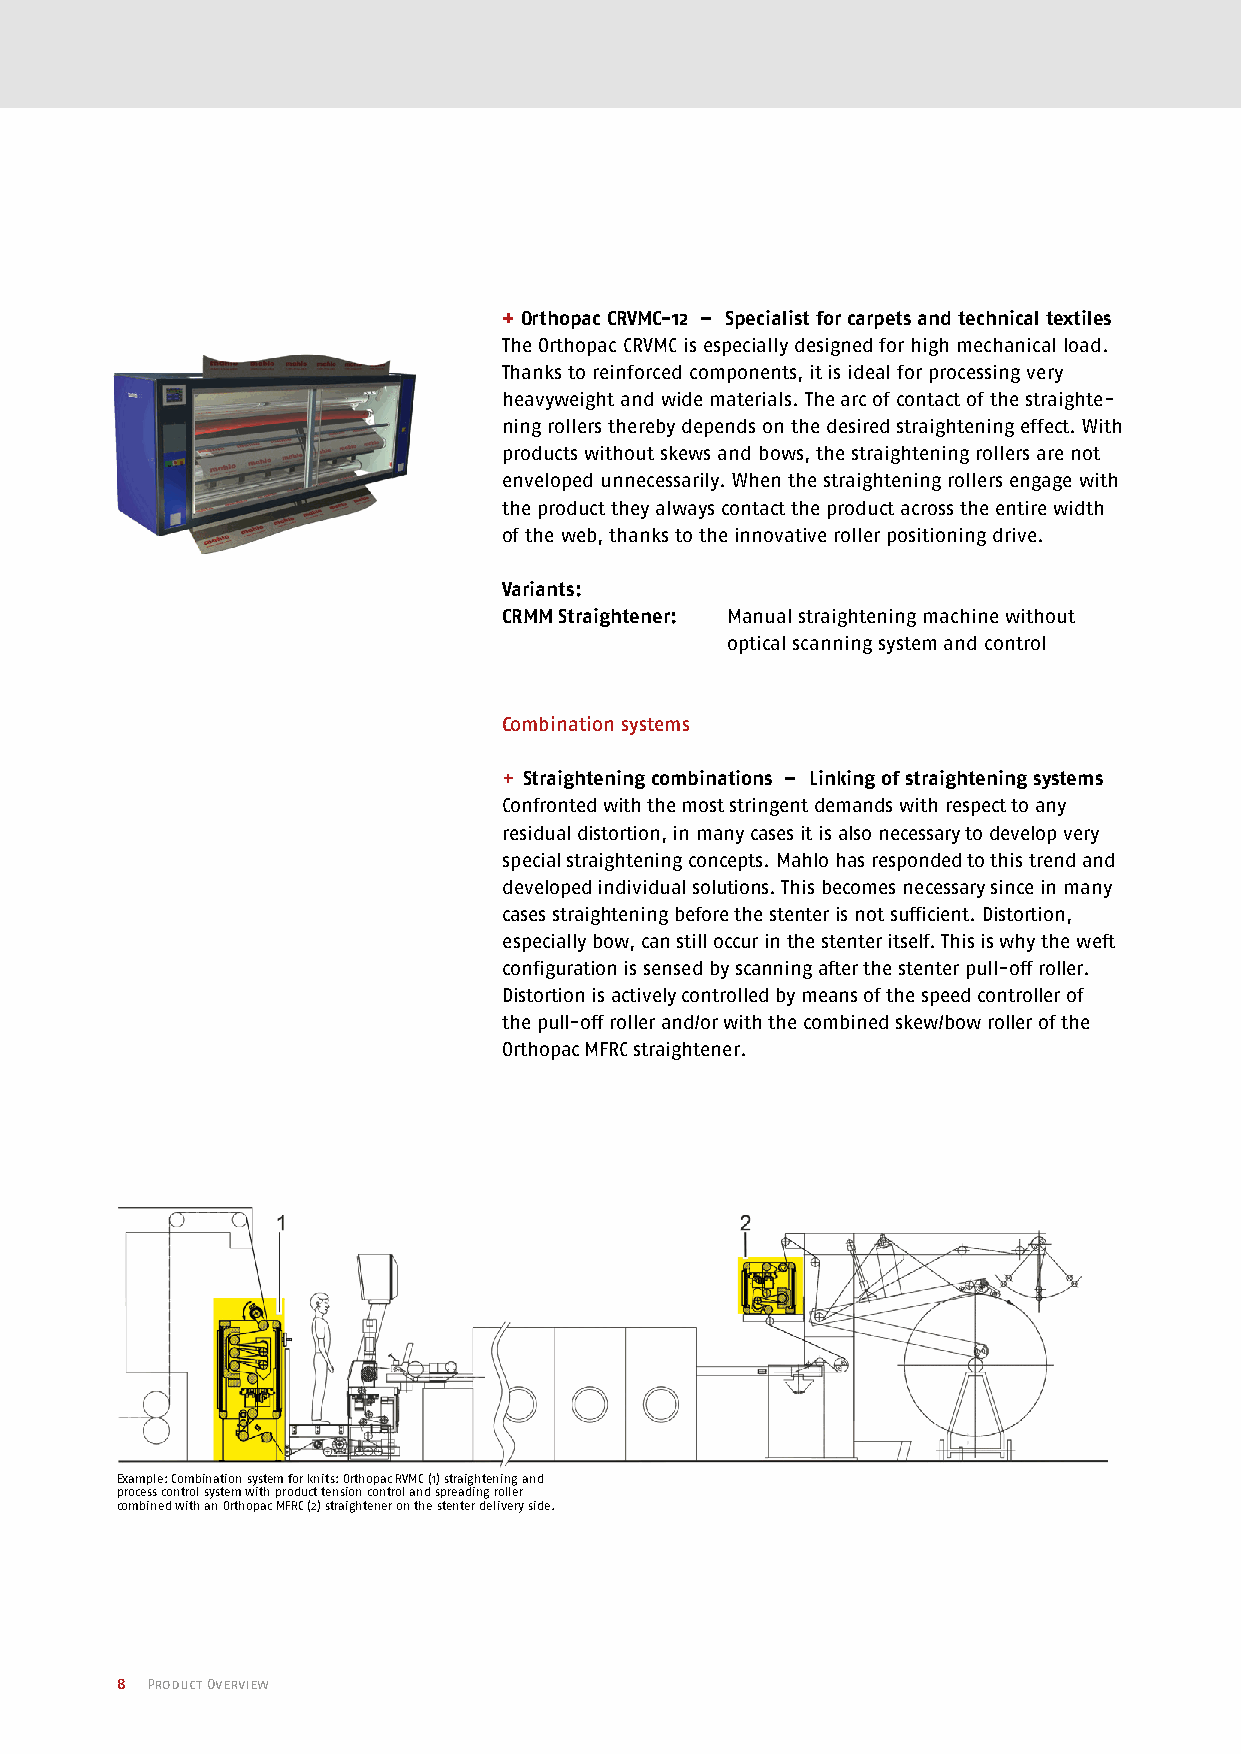
+ Orthopac CRVMC-12 – Specialist for carpets and technical textiles
 The Orthopac CRVMC is especially designed for high mechanical load.
 Thanks to reinforced components, it is ideal for processing very
 heavyweight and wide materials. The arc of contact of the straighte-
 ning rollers thereby depends on the desired straightening effect. With
 products without skews and bows, the straightening rollers are not
 enveloped unnecessarily. When the straightening rollers engage with
 the product they always contact the product across the entire width
 of the web, thanks to the innovative roller positioning drive.
 Variants:
 CRMM Straightener: M anual straightening machine without
 optical scanning system and control
 Combination systems
 + Straightening combinations – Linking of straightening systems
 Confronted with the most stringent demands with respect to any
 residual distortion, in many cases it is also necessary to develop very
 special straightening concepts. Mahlo has responded to this trend and
 developed individual solutions. This becomes necessary since in many
 cases straightening before the stenter is not sufficient. Distortion,
 especially bow, can still occur in the stenter itself. This is why the weft
 configuration is sensed by scanning after the stenter pull-off roller.
 Distortion is actively controlled by means of the speed controller of
 the pull-off roller and/or with the combined skew/bow roller of the
 Orthopac MFRC straightener.
 Example: Combination system for knits: Orthopac RVMC (1) straightening and
 process control system with product tension control and spreading roller
 combined with an Orthopac MFRC (2) straightener on the stenter delivery side.
 8 Product Overview